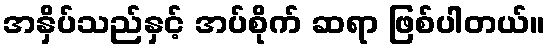
အနှိပ်သည်နှင့် အပ်စိုက် ဆရာ ဖြစ်ပါတယ်။